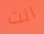
انت